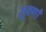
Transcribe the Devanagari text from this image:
सुवर्णां